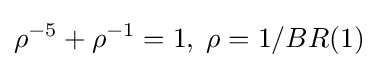
\rho ^{-5}+\rho ^{-1}=1,\;\rho =1/BR(1)